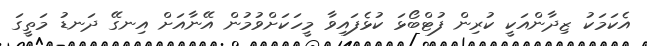
އެކަމަކު ޒިދާންއަކީ ކުރިން ފުޓްބޯޅަ ކުޅެފައިވާ މީހަކަށްވުމުން އޭނާއަށް އިނގޭ ދަނޑު މަތީގަ